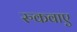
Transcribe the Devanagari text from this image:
रुकवाए